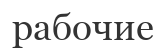
рабочие